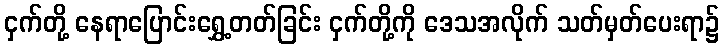
ငှက်တို့ နေရာပြောင်းရွှေ့တတ်ခြင်း ငှက်တို့ကို ဒေသအလိုက် သတ်မှတ်ပေးရာ၌